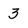
Character: 3